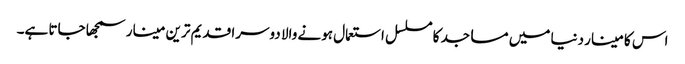
اس کا مینار دنیا میں مساجد کا مسلسل استعمال ہونے والا دوسرا قدیم ترین مینار سمجھا جاتا ہے۔